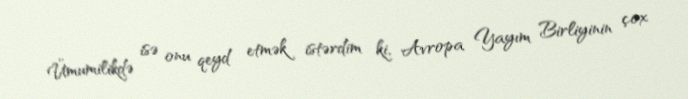
Ümumilikdə isə onu qeyd etmək istərdim ki, Avropa Yayım Birliyinin çox